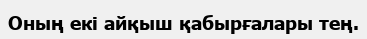
Оның екі айқыш қабырғалары тең.